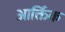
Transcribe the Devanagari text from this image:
आर्क्तिक